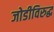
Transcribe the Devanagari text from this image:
जोडीविरुद्ध